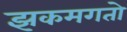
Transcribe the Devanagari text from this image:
झकमगतो